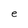
Character: e